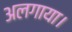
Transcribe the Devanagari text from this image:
अलगाया।